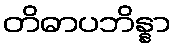
တိဓာပဘိန္နာ